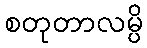
စတုတာလမ္ပိ